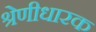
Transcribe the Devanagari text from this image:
श्रेणीधारक